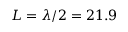
L = \lambda / 2 = 2 1 . 9